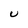
Character: U